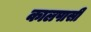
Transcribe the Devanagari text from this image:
कालपासी